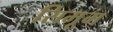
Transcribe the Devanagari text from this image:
सिमूम